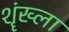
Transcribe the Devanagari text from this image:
शॄंख्ला